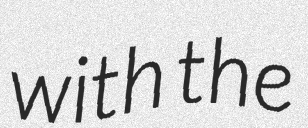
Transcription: with the